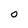
Character: 0